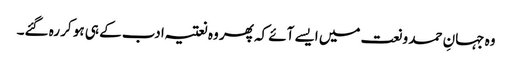
وہ جہانِ حمد و نعت میں ایسے آئے کہ پھر وہ نعتیہ ادب کے ہی ہو کر رہ گئے۔